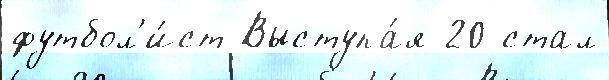
футбол'и́ст Выступа́я 20 стал